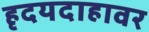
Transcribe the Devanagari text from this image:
हृदयदाहावर